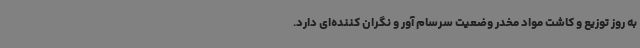
به روز توزیع و کاشت مواد مخدر وضعیت سرسام آور و نگران کننده‌ای دارد.